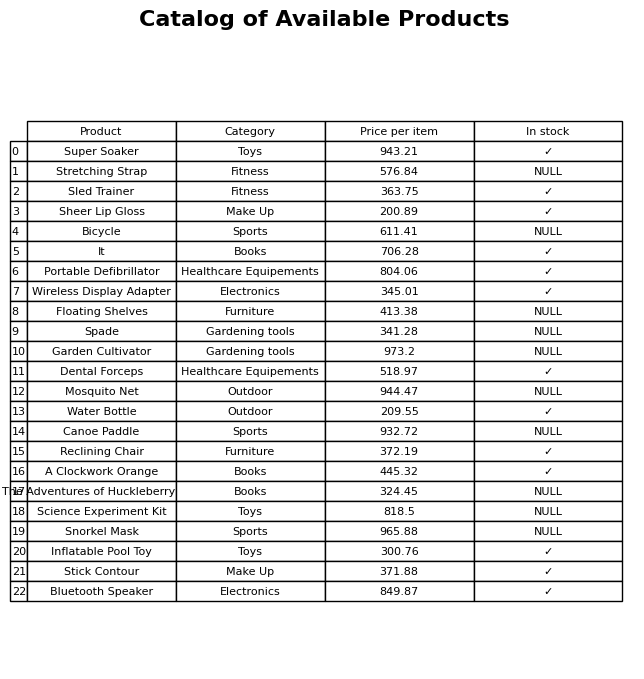
question: What is the stock status of the Stick Contour?
answer: ✓